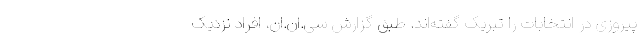
پیروزی در انتخابات را تبریک گفته‌اند. طبق گزارش سی.ان.ان، افراد نزدیک